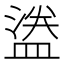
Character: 𬐮